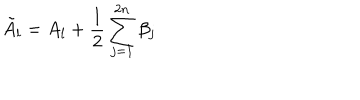
\tilde { A } _ { l } = A _ { l } + \frac { 1 } { 2 } \sum _ { j = 1 } ^ { 2 n } \beta _ { j }